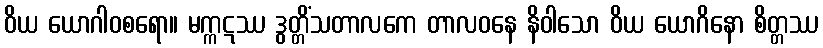
ဝိယ ယောဂါဝစရော။ မက္ကဋဿ ဒွတ္တိံသတာလကေ တာလဝနေ နိဝါသော ဝိယ ယောဂိနော စိတ္တဿ